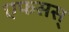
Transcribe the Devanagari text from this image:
एफसस्